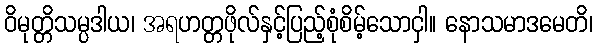
ဝိမုတ္တိသမ္ပဒါယ၊ အရဟတ္တဖိုလ်နှင့်ပြည့်စုံစိမ့်သောငှါ။ နောသမာဒမေတိ၊